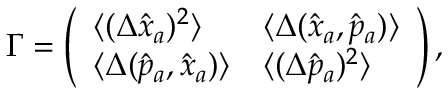
\begin{array} { r } { \Gamma = \left( \begin{array} { l l } { \langle ( \Delta \hat { x } _ { a } ) ^ { 2 } \rangle } & { \langle \Delta ( \hat { x } _ { a } , \hat { p } _ { a } ) \rangle } \\ { \langle \Delta ( \hat { p } _ { a } , \hat { x } _ { a } ) \rangle } & { \langle ( \Delta \hat { p } _ { a } ) ^ { 2 } \rangle } \end{array} \right) , } \end{array}